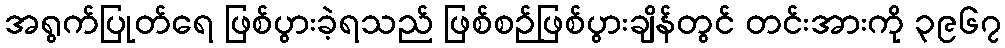
အရွက်ပြုတ်ရေ ဖြစ်ပွားခဲ့ရသည် ဖြစ်စဉ်ဖြစ်ပွားချိန်တွင် တင်းအားကို ၃၉၆၇